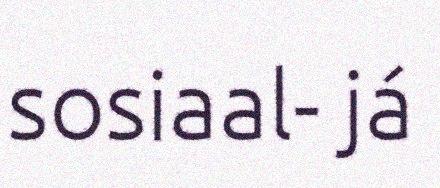
sosiaal- já